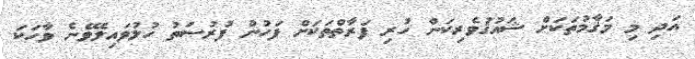
އަދި މި މަޤާމުތަކަށް ޝައުޤުވެރިކަން ހުރި ފަރާތްތަކަށް ފަހުން ފުރުޞަތު ހުލުވައިލެވޭނެ ވާހަކަ